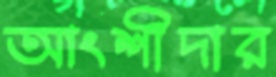
আংশীদার